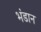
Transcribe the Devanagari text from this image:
भंडान